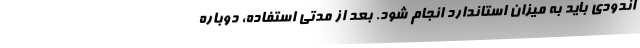
اندودی باید به میزان استاندارد انجام شود. بعد از مدتی استفاده، دوباره